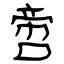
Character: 啻